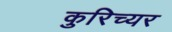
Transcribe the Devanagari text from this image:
कुरिच्यर